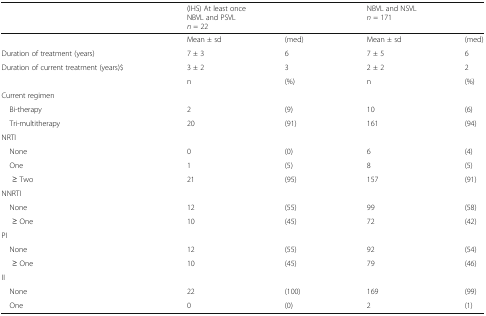
<table><thead><tr><td></td><td colspan="2"><b>(IHS) At least once NBVL and PSVL<i>n</i> = 22</b></td><td colspan="2"><b>NBVL and NSVL<i>n</i> = 171</b></td></tr></thead><tbody><tr><td></td><td>Mean ± sd</td><td>(med)</td><td>Mean ± sd</td><td>(med)</td></tr><tr><td>Duration of treatment (years)</td><td>7 ± 3</td><td>6</td><td>7 ± 5</td><td>6</td></tr><tr><td>Duration of current treatment (years)$</td><td>3 ± 2</td><td>3</td><td>2 ± 2</td><td>2</td></tr><tr><td></td><td>n</td><td>(%)</td><td>n</td><td>(%)</td></tr><tr><td colspan="5">Current regimen</td></tr><tr><td> Bi-therapy</td><td>2</td><td>(9)</td><td>10</td><td>(6)</td></tr><tr><td> Tri-multitherapy</td><td>20</td><td>(91)</td><td>161</td><td>(94)</td></tr><tr><td colspan="5">NRTI</td></tr><tr><td> None</td><td>0</td><td>(0)</td><td>6</td><td>(4)</td></tr><tr><td> One</td><td>1</td><td>(5)</td><td>8</td><td>(5)</td></tr><tr><td>≥ Two</td><td>21</td><td>(95)</td><td>157</td><td>(91)</td></tr><tr><td colspan="5">NNRTI</td></tr><tr><td> None</td><td>12</td><td>(55)</td><td>99</td><td>(58)</td></tr><tr><td>≥ One</td><td>10</td><td>(45)</td><td>72</td><td>(42)</td></tr><tr><td colspan="5">PI</td></tr><tr><td> None</td><td>12</td><td>(55)</td><td>92</td><td>(54)</td></tr><tr><td>≥ One</td><td>10</td><td>(45)</td><td>79</td><td>(46)</td></tr><tr><td colspan="5">II</td></tr><tr><td> None</td><td>22</td><td>(100)</td><td>169</td><td>(99)</td></tr><tr><td> One</td><td>0</td><td>(0)</td><td>2</td><td>(1)</td></tr></tbody></table>